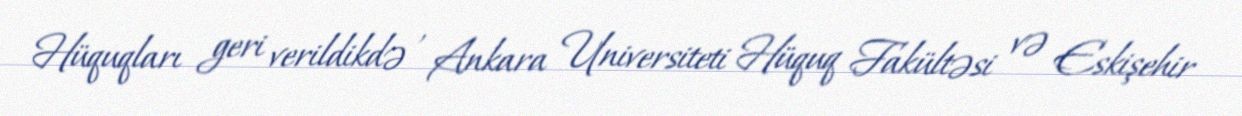
Hüquqları geri verildikdə , Ankara Universiteti Hüquq Fakültəsi və Eskişehir